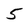
Character: 5